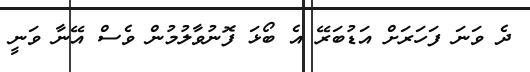
ދެ ވަނަ ފަހަަރަށް އަޑުބަރޭ އެ ބޯޅަ ފޮނުވާލުމުން ވެސް އޭނާ ވަނީ